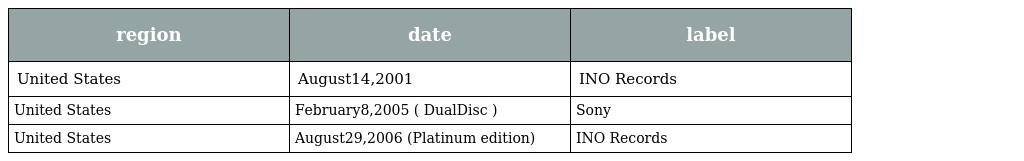
| region | date | label |
 | --- | --- | --- |
 | United States | August14,2001 | INO Records |
 | United States | February8,2005 ( DualDisc ) | Sony |
 | United States | August29,2006 (Platinum edition) | INO Records |